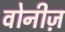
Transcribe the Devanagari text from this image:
वोनीज़